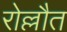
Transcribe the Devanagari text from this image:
रोल्लौत